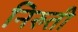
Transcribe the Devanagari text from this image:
निरुती